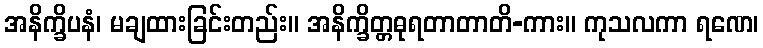
အနိက္ခိပနံ၊ မချထားခြင်းတည်း။ အနိက္ခိတ္တဓုရတာတာတိ-ကား။ ကုသလကာ ရဏေ၊